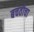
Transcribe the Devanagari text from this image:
बचतीचा